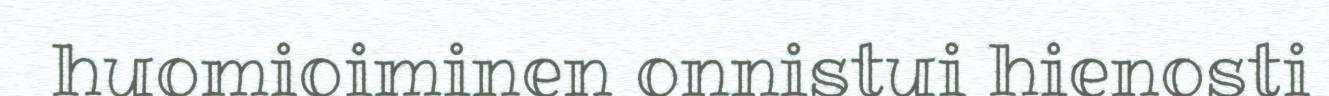
huomioiminen onnistui hienosti